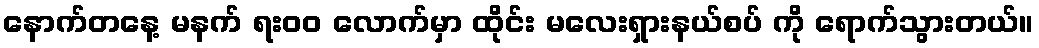
နောက်တနေ့ မနက် ရး၀၀ လောက်မှာ ထိုင်း မလေးရှားနယ်စပ် ကို ရောက်သွားတယ်။